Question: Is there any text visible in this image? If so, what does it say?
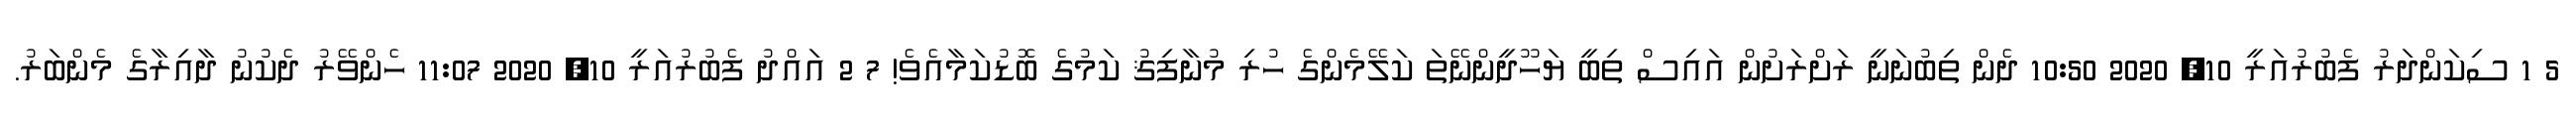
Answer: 5 1 ސިކަންދަރު ފެބުރުއަރީ 10, 2020 10:50 ދެން ތިބުނަނީ ރަށްރަށުން އައިސް ތިބީ ޔަހޫދީންނޭތަ ކަލޭމެންގެ ހުރި މުނާފިޤު ކަމުގެ ބޮޑުކަމާއެވެ! 7 2 އައްދު ފެބުރުއަރީ 10, 2020 11:07 ހެންވޭރު ދެކުނު ދާއިރާގެ މެންބަރު.